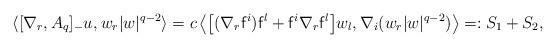
LaTeX: \begin{align*}\langle [\nabla_r,A_q]_- u^{},w_r|w|^{q-2}\rangle=c\left\langle \bigl[(\nabla_r \mathsf{f}^i)\mathsf{f}^l + \mathsf{f}^i\nabla_r \mathsf{f}^l \bigr]w_l,\nabla_i(w_r|w|^{q-2})\right\rangle =:S_{1}+S_{2},\end{align*}